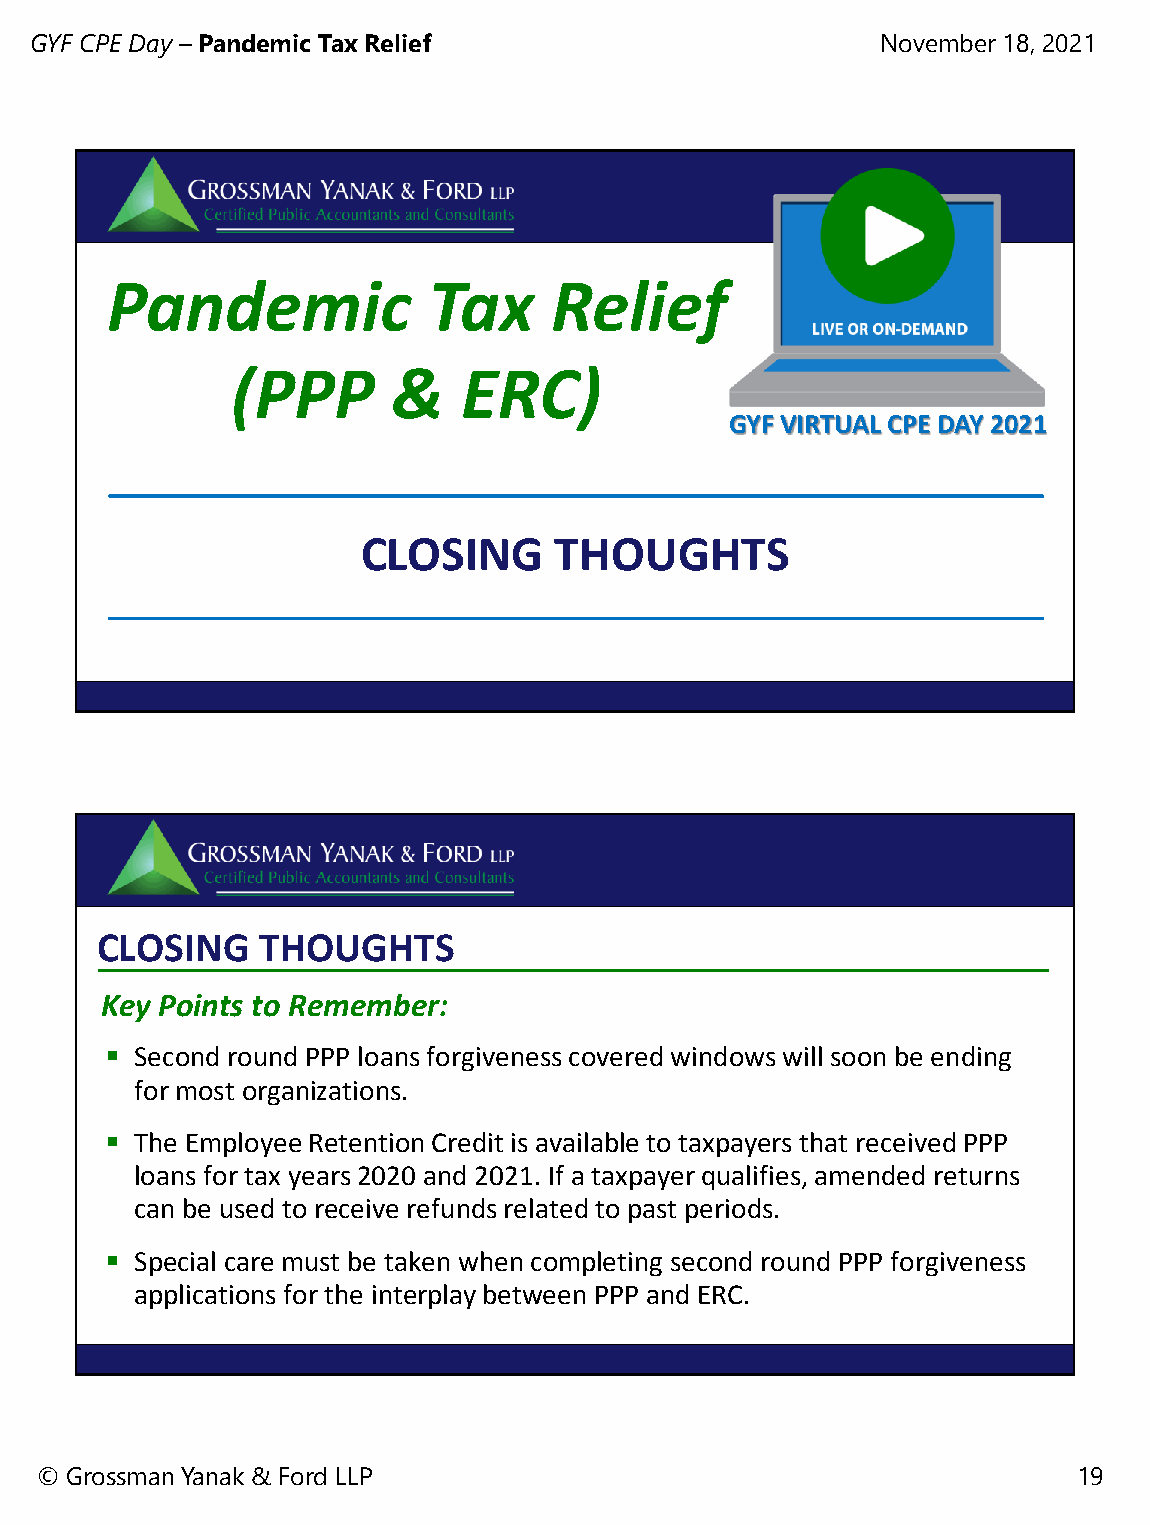
GYF CPE Day – Pandemic Tax Relief                       November 18, 2021
 Pandemic             Tax     Relief
 (PPP       &    ERC)
 GYF VIRTUAL CPE DAY 2021
 CLOSING      THOUGHTS
 CLOSING    THOUGHTS
 Key Points to Remember:
  Second round PPP loans forgiveness covered windows will soon be ending
 for most organizations.
  The Employee Retention Credit is available to taxpayers that received PPP
 loans for tax years 2020 and 2021. If a taxpayer qualifies, amended returns
 can be used to receive refunds related to past periods.
  Special care must be taken when completing second round PPP forgiveness
 applications for the interplay between PPP and ERC.
 Planning for Income Taxes in an Uncertain Tax Climate March 10, 2011
 © Grossman Yanak & Ford LLP                                          19